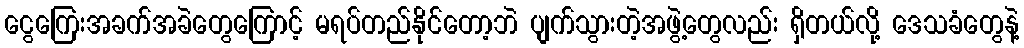
ငွေကြေးအခက်အခဲတွေကြောင့် မရပ်တည်နိုင်တော့ဘဲ ပျက်သွားတဲ့အဖွဲ့တွေလည်း ရှိတယ်လို့ ဒေသခံတွေနဲ့